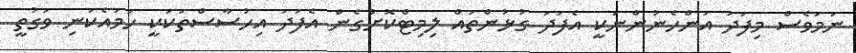
ނަމަވެސް މިފަދަ އަންހެނުންނަކީ އެފަދަ ގުޅުންތައް ލިމިޓްކޮށްގެން އެފަދަ އިހުސާސްތަކަކީ ހަމައެކަނި ވަގުތީ